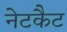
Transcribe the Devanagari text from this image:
नेटकैट